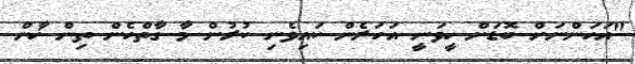
"އަހަންނަށް ބޮޑަށް ހީވަނީ އަހަރެން ކައިވެނި ކުރުން މާ ގާތްހެން ތިން ޚާން